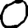
Digit: 0